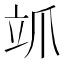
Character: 𮄨